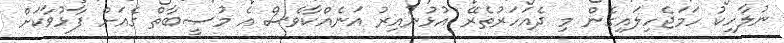
ނުލާހިކު ހަމަޖެހިލައިގެން މި ދެއަހަރުތެރޭ އުޅުނުއިރު އަނެއްކާވެސް އެ މުޞީބާތް ގެއަށް ފާޅުވާކަށް